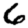
Digit: 6